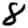
Digit: 8